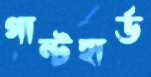
গান্টহার্ড